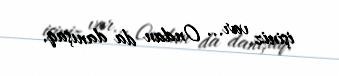
işiniz var... Ondan da danışaq.